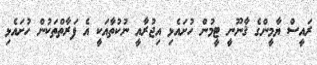
ރައީސް ޔާމީންގެ ޤާނޫނީ ޓީމުން ހުށައެޅި އިޖުރާއީ ނުކުތާއަކީ އެ ފަރާތްތަކުން ހުށައެޅި